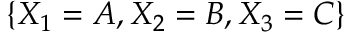
\{ X _ { 1 } = A , X _ { 2 } = B , X _ { 3 } = C \}